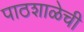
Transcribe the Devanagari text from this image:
पाठशाळेची